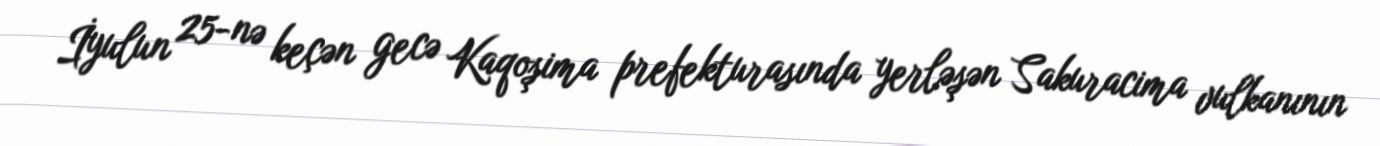
İyulun 25-nə keçən gecə Kaqoşima prefekturasında yerləşən Sakuracima vulkanının